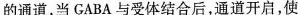
的通道，当GABA与受体结合后，通道开启，使